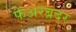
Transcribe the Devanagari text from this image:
फेअरब्रदर